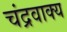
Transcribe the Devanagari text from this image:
चंद्रवाक्य